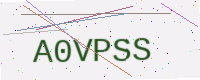
Text: A0VPSS